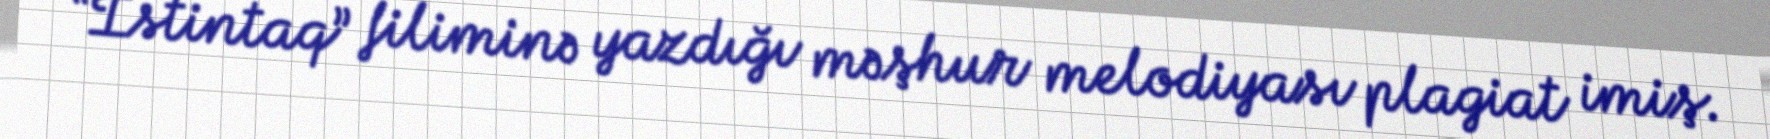
“İstintaq” filiminə yazdığı məşhur melodiyası plagiat imiş.